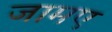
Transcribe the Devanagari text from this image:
जामए